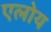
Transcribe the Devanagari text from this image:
एलोय